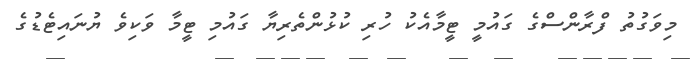
މިވަގުތު ފްރާންސްގެ ގައުމީ ޓީމާއެކު ހުރި ކުޅުންތެރިޔާ ގައުމި ޓީމާ ވަކިވެ ޔުނައިޓެޑުގެ